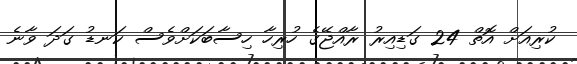
ކުރިއަށް އޮތް 24 ގަޑިއިރު ރާއްޖޭގެ ހުރިހާ ހިސާބަކަށްވެސް ކަނޑު ގަދަ ވާނެ